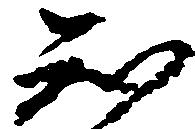
知